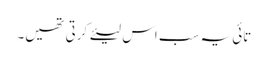
تائی یہ سب اس لیئے کرتی تھیں۔